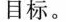
目标。